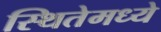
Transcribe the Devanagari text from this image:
स्थितेमध्ये